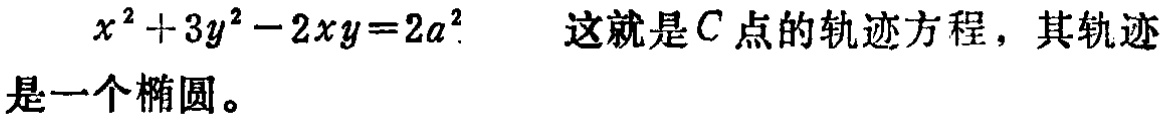
\(x^{2}+3y^{2}-2xy = 2a^{2}\) 这就是\(C\)点的轨迹方程，其轨迹是一个椭圆。